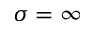
\sigma = \infty